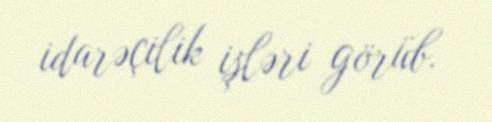
idarəçilik işləri görüb.